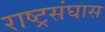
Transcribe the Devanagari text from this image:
राष्ट्रसंघास